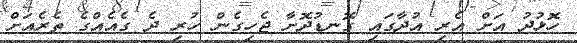
ހޮޅުދު އަށް އެރި އުދާގައި ގޮނޑުދޮށާ ޖެހިގެން ހުރި ދެ ގެއެއްގެ ތެރެއަށް